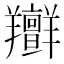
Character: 𦏭